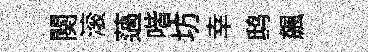
闋滚薖喈坊幸鸱飆